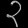
Digit: ၃